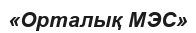
«Орталық МЭС»